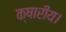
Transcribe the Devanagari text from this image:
क्षारीय।